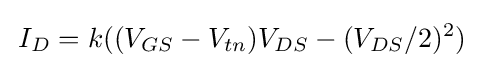
\,I_{D}=k((V_{GS}-V_{tn})V_{DS}-(V_{DS}/2)^{2})